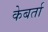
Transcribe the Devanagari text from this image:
केबर्ता